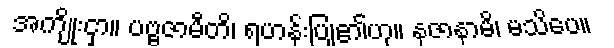
အကျိုးငှာ။ ပဗ္ဗဇာမီတိ၊ ရဟန်းပြု၏ဟု။ နဇာနာမိ၊ မသိပေ။